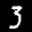
Label: 3